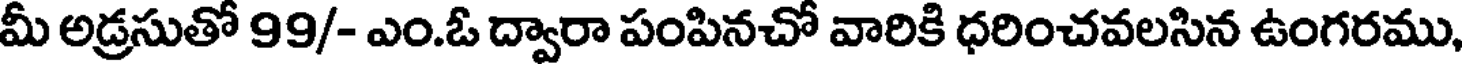
మీ అడ్రసుతో 99/- ఎం.ఓ ద్వారా పంపినచో వారికి ధరించవలసిన ఉంగరము,